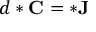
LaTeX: d * \mathbf { C } = * \mathbf { J }